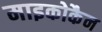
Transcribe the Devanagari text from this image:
माइकोकैन